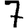
Digit: 7